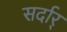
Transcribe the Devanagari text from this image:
सर्दार्